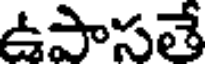
ఉపాసతే